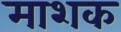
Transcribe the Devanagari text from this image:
माशक